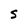
Character: S